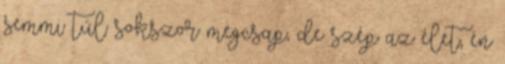
semmi túl sokszor megcsap, de szép az élet, én